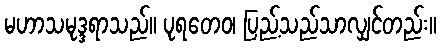
မဟာသမုဒ္ဒရာသည်။ ပုရတေဝ၊ ပြည့်သည်သာလျှင်တည်း။